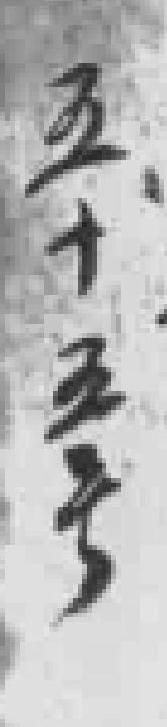
五十五号